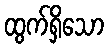
ထွက်ရှိသော